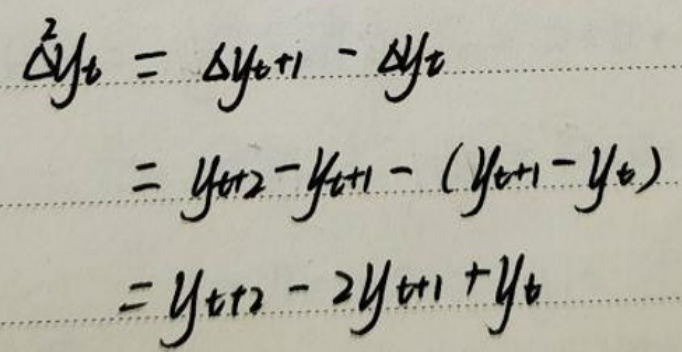
\[
\begin{align*}
\Delta y_t &= \Delta y_{t + 1}-\Delta y_t\\
&=y_{t + 2}-y_{t + 1}-(y_{t + 1}-y_t)\\
&=y_{t + 2}-2y_{t + 1}+y_t
\end{align*}
\]